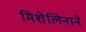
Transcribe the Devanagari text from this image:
मिशेलिनाने